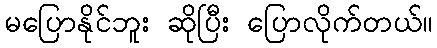
မပြောနိုင်ဘူး ဆိုပြီး ပြောလိုက်တယ်။